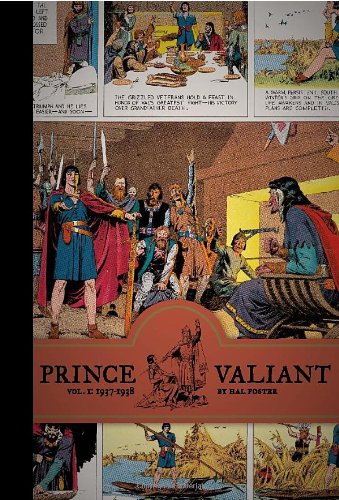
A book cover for Prince Valiant, Vol. 1: 1937-1938; Hal Foster; Comics & Graphic Novels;